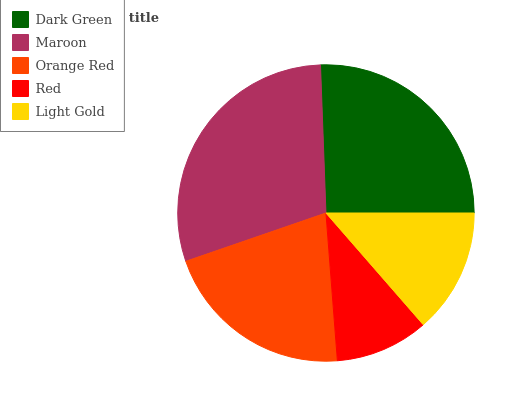
| Dark Green | Maroon | Orange Red | Red | Light Gold |
 | --- | --- | --- | --- | --- |
 | 25.6% | 29.7% | 21% | 10.2% | 13.6% |